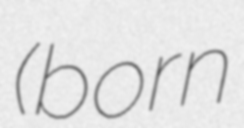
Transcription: (born